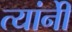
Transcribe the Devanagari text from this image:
त्यांनीेे